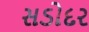
સડોદર